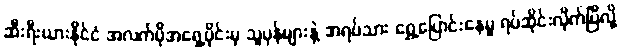
ဆီးရီးယားနိုင်ငံ အလက်ပိုအရှေ့ပိုင်းမှ သူပုန်များနဲ့ အရပ်သား ရွှေ့ပြောင်းနေမှု ရပ်ဆိုင်းလိုက်ပြီလို့